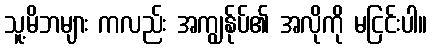
သူ့မိဘများ ကလည်း အကျွန်ုပ်၏ အလိုကို မငြင်းပါ။